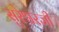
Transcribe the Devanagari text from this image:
सुरेश्वरजी